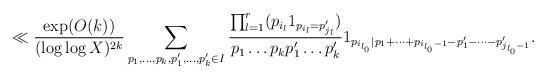
\begin{align*} \ll \frac{\exp(O(k))}{(\log\log X)^{2k}} \sum_{p_1,\dots,p_k,p'_1,\dots,p'_k \in I} \frac{\prod_{l=1}^r (p_{i_l} 1_{p_{i_l}=p'_{j_l}})}{ p_1 \dots p_k p'_1 \dots p'_k }1_{p_{i_{l_0}}| p_1 + \dots + p_{i_{l_0}-1} - p'_1 - \dots - p'_{j_{l_0}-1}}.\end{align*}